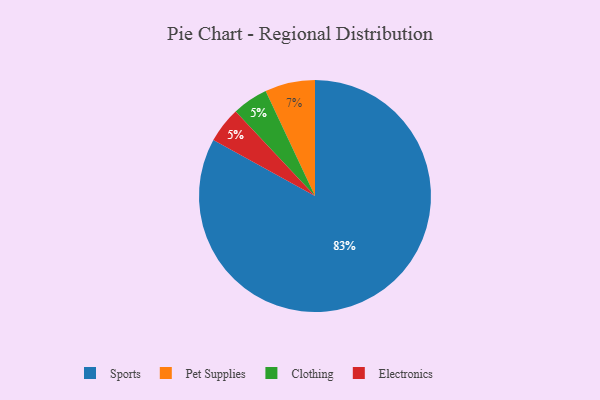
{"axis": {"x": "Category", "y": "Percentage"}, "legend": ["Clothing", "Electronics", "Pet Supplies", "Sports"], "data": [{"x": "Clothing", "y": 5, "type": "Clothing"}, {"x": "Pet Supplies", "y": 7, "type": "Pet Supplies"}, {"x": "Sports", "y": 83, "type": "Sports"}, {"x": "Electronics", "y": 5, "type": "Electronics"}]}